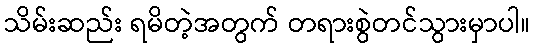
သိမ်းဆည်း ရမိတဲ့အတွက် တရားစွဲတင်သွားမှာပါ။